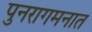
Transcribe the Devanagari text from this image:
पुनरागमनात